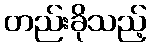
တည်းခိုသည့်